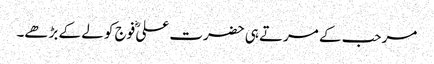
مرحب کے مرتے ہی حضرت علیؓ فوج کو لے کے بڑھے۔